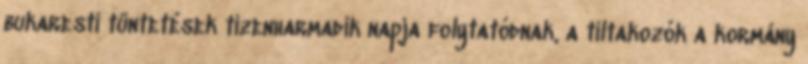
bukaresti tüntetések tizenharmadik napja folytatódnak, a tiltakozók a kormány